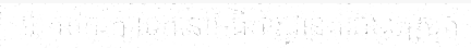
យកមករក្សាទុកនៅអធិការដ្ឋានគរបាលស្រុក